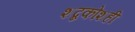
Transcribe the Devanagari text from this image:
शब्दकोशही